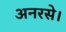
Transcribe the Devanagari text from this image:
अनरसे।